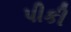
પીકી